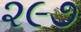
૨૯૭